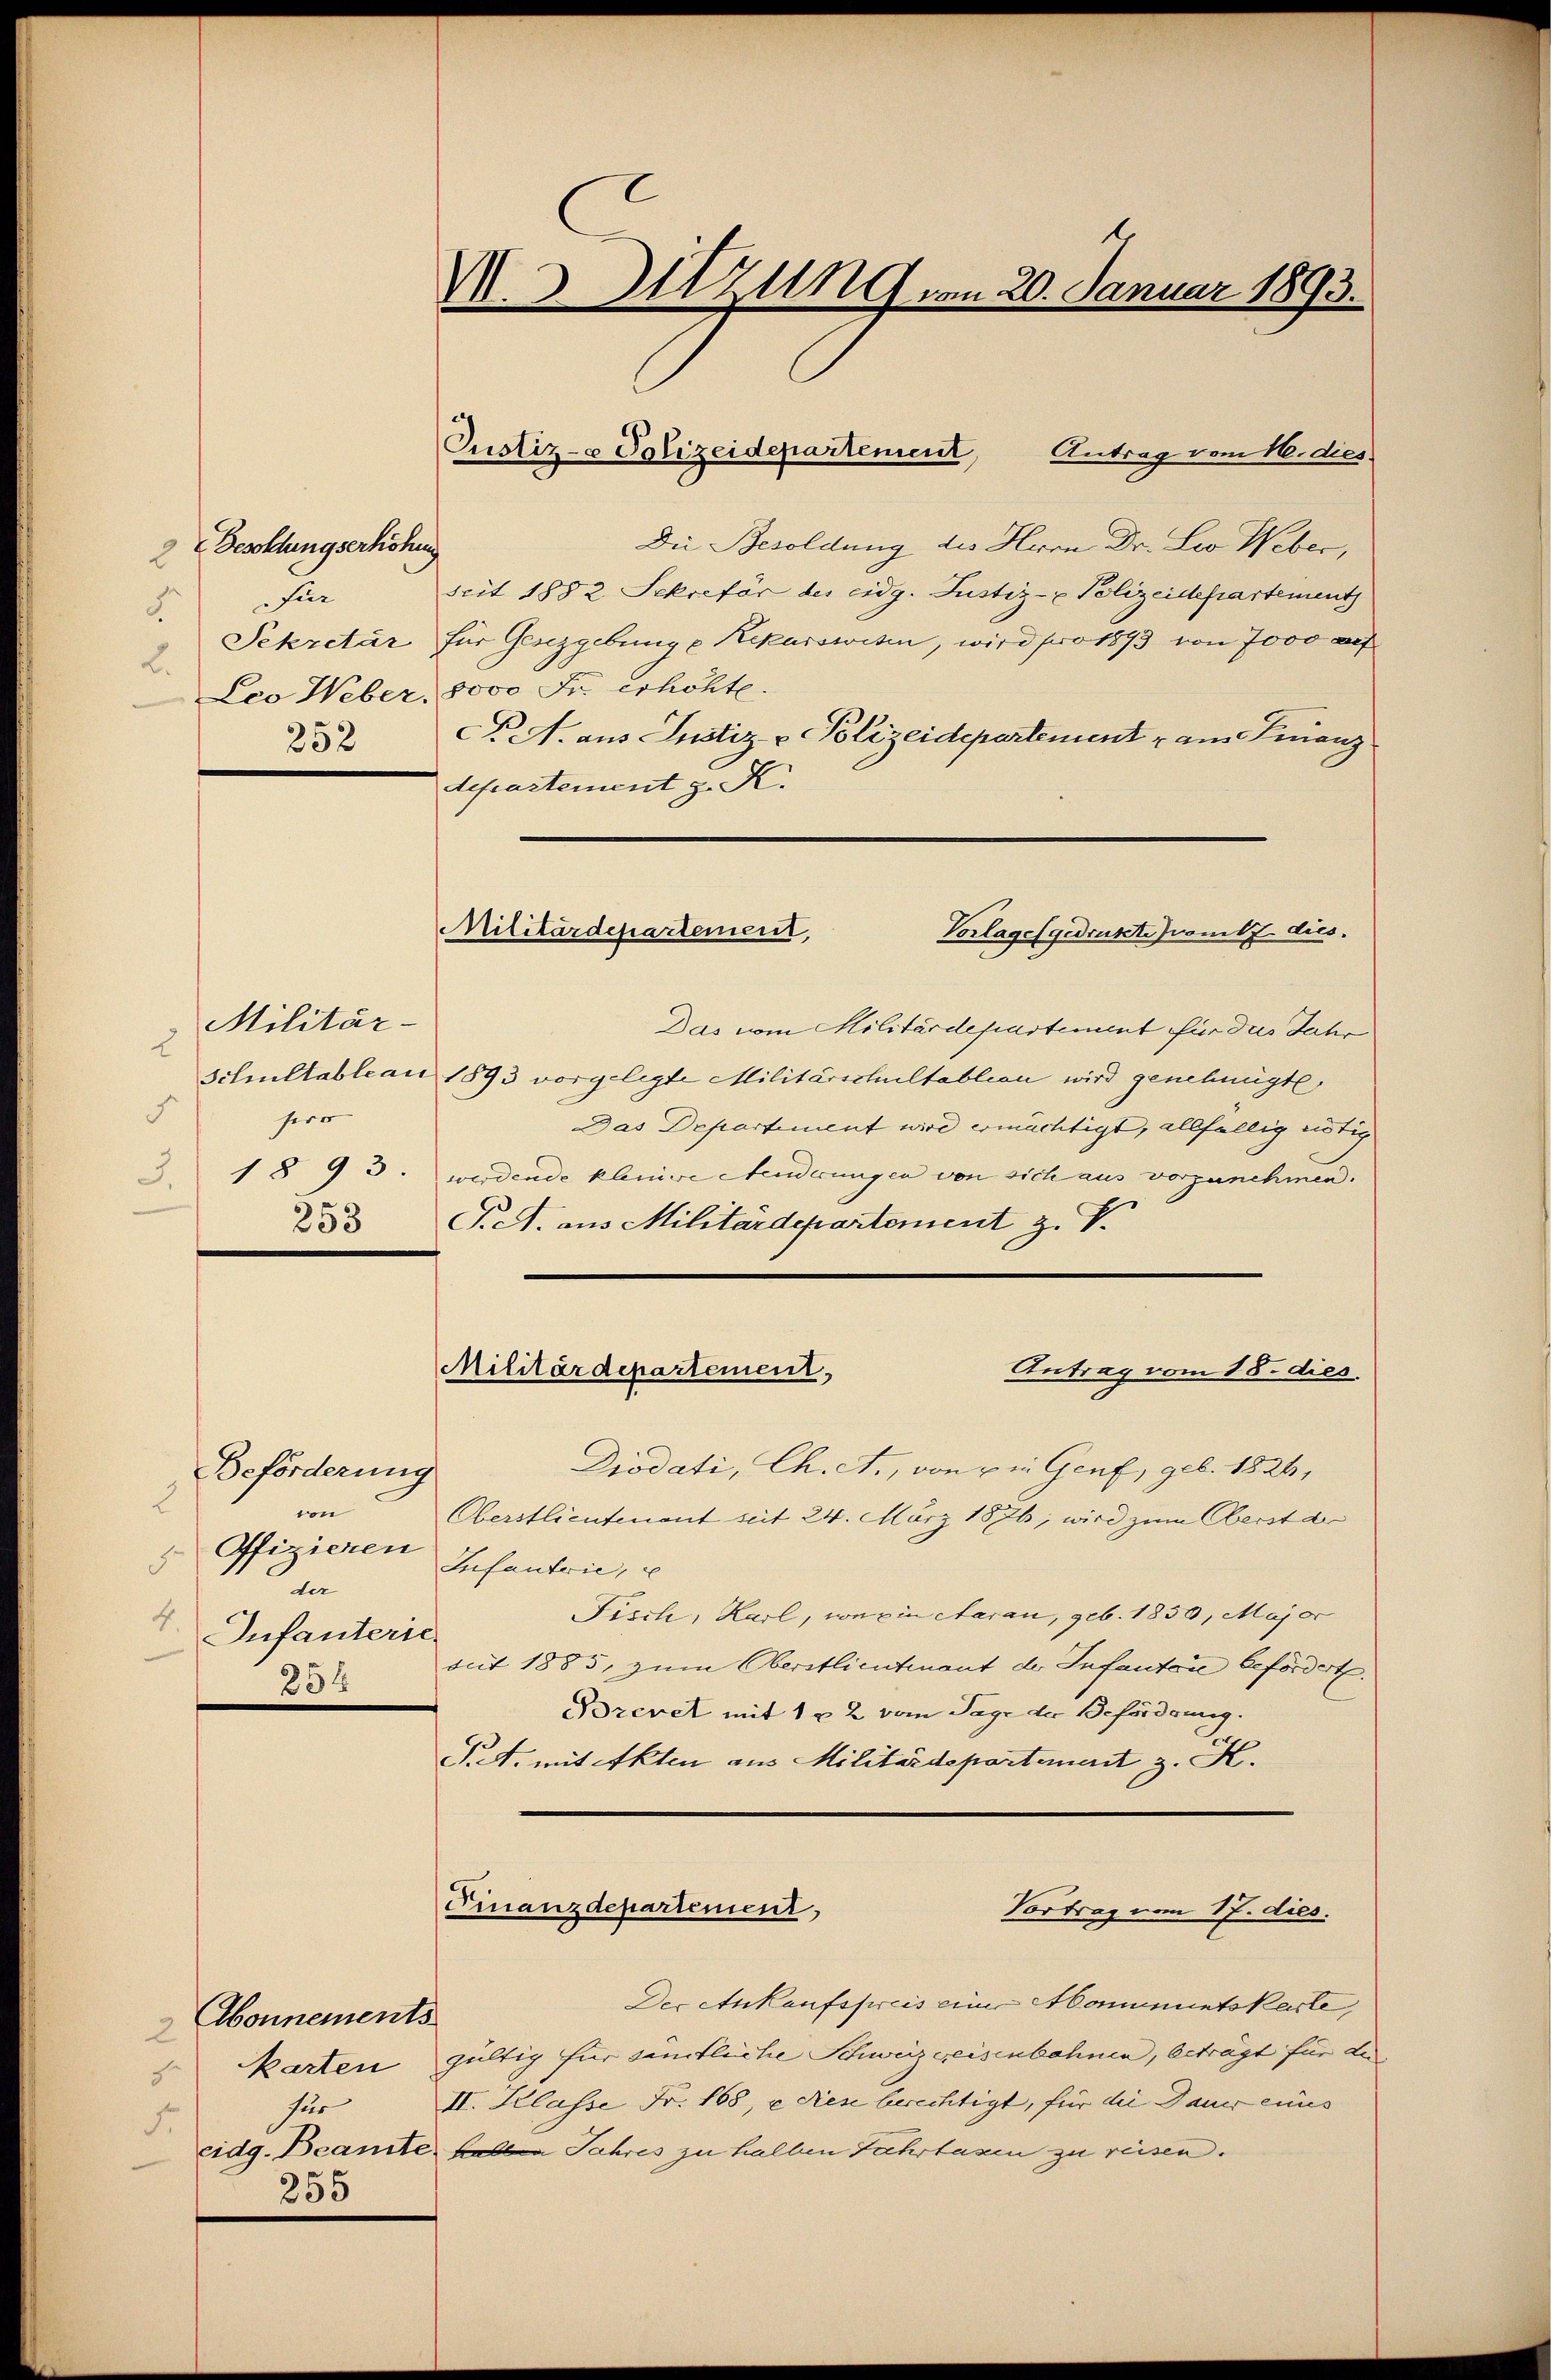
Beschlungserhöhung
2
für
3.
2.
252

253

Die Besoldung des Herrn Dr. Leo Weber,
seit 1882 Sekretär des eidg. Justiz- & Polizeidepartements
Sekretär für Genzgebung u Rekurswisen, wird pro 1893 von 7000 auf
Leo Weber, sooo Fr. erhöhte.
A. aus Justiz & Polizeidepartement u am Finanz
departement z. K.

Militär-
2
hers
s
3. 1893.

V. Sitzung vom 20. Januar 1893.

Justiz- Polizeidepartement, Antrag vom 16. dies

Beförderung
2
wi
Offizieren
5
an
4.
Infanterie
254

Abonnements
2
8
für
S.
255

Militärdepartement,
Vorlages gedrukte wird dies

Das vom Militärdepartement für das Jahr
Schultableau 1893 vorgelegte Militärschultablion wird genehmigt.
Das Departiment wird ermächtigt, allfällig nötig
werdende kleinere Aenderungen von sich aus vorzunehmen.
P.A. aus Militärdepartement z. V.

Diodati, Ch. A., von die Genf, geb. 1826,
Oberstlieutenant seit 24. März 1876, wird zum Oberst de
Infantrie, u
Fisch, Karl, von ein Aarau, geb. 1850, Major
seit 1885, zum Oberstlieutenant der Infantore befördert.
Brevet mit 1 x 2 vom Tage der Beförderung.
Pt. mit Akten aus Militärdepartement z. K.

Militärdepartement,
Antrag vom 18. dies.

Finanzdepartement,
Vortrag vom 17. dies.

Der Ankaufspreis eine Momununtskarte,
Karten gültig für sämtliche Schweiz geisenbahnen, beträgt für da
II. Klasse Fr. 168, u den berechtigt, für die Dauer eines
cidg. Beamte halten Jahres zu halben Fahrtaxen zu reisen.